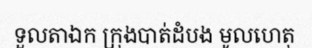
ទួលតាឯក ក្រុងបាត់ដំបង មូលហេតុ